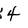
Character: 4